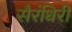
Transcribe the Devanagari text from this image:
सैरंधिरी